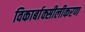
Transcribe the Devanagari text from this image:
विकार्बाक्सीलीकरण